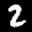
Label: 2